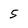
Character: S